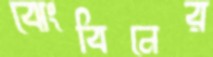
ঝেংবিনের